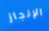
الإنجاز